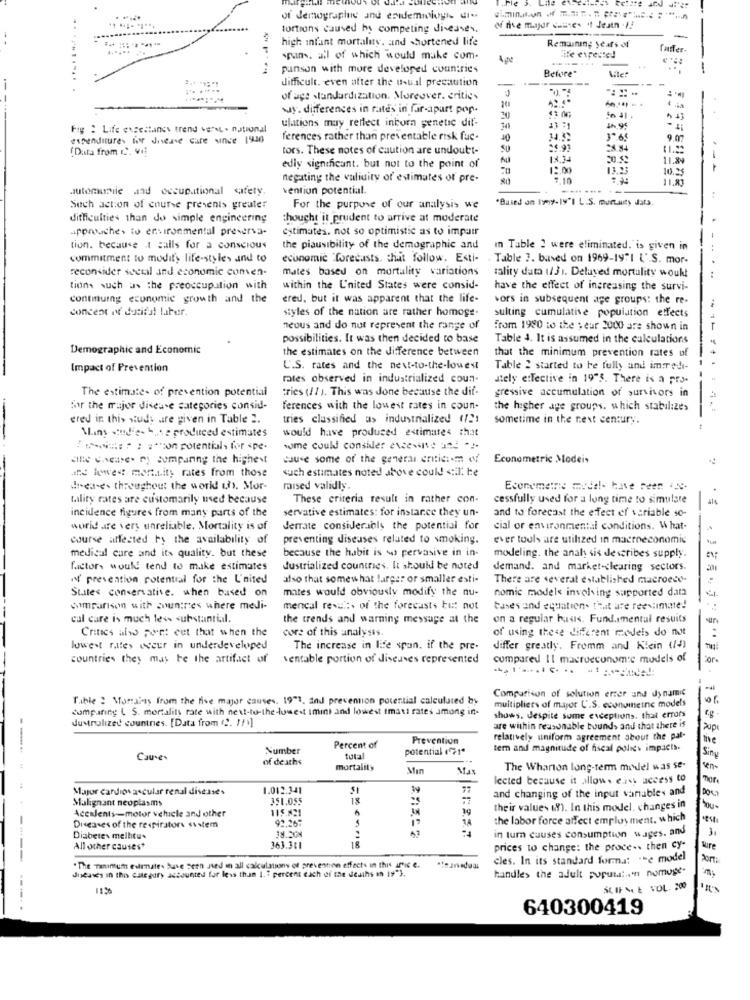
of demographie and epidemiiog ui"
tortions caused by competing diseases.
of me major dulce. 't Jeatn .!!
high infant mortality. and shortened life
Remaining years of
-
spans. all of which would make com-
A,pe
----...
punson with more developed countries
Before"
difficult, even after the usual precaution
-
...........
of age standardization. Moreover. critics
4 Ja
wy. differences in rates in far-apart pop-
ge
ulations may reflect inbora genetic dif-
20
Fag : Life etsettings trend wert . national
33 71
expenditures for disease care since 1936
ferences rather than preventable risk fuc.
10
9.07
(Data from CC. Vi!
tors. These notes of caution are undoubt-
:199
28.84
18.34
11.84
ediy significant. but not to the point of
12.00
13.23
10.35
negating the validity of estimates of pre-
7.10
automobile and occupational safety.
vention potential.
"Based on 19oy-19"I L.S. murtasty Jats.
Such action of course presents greater
For the purpose of our analysis we
difficulties than do simple engineering
thought it prudent to arrive at moderate
approaches to environmental preserva-
estimates. not so optimistic as to impatr
tion. because .I calls for a conscious
the piausibility of the demographic and
in Table 2 were eliminated. is given in
commitment to modify life-styles and to
economic "forecasts, that follow. Esti-
Table 3. based on 1969-1971 L' S. mor-
reconsider seetil and economic conven-
mates based on mortality variations
tality data 1/31. Delayed mortality woukt
tions such as the preoccupation with
within the L'nited States were consid-
have the effect of increasing the survi-
continuing economic growth and the
ered, but it was apparent that the life-
bors in subsequent age groups: the re-
concent of dutiful laber.
styles of the nation are rather homoge-
sulting cumulative population effects
neuus and do not represent the range of
from 1980 to the year 2000 are shown in
possibilities. It was then decided to base
Table 4. It is assumed in the calculations
Demographic and Economic
the estimates on the difference between
that the minimum prevention rates of
Impact of Prevention
U.S. rates and the next-to-the-louest
Table 2 started to be fully and imredi-
rates observed in industrialized coun-
stely effective in 19"3. There is a pro-
The estimate- of prevention potential
tries (11). This was done because the dif-
gressive accumulation of survivors in
for the major disease categories consid-
ferences with the lowest rates in coun-
the higher age groups, which stabilize>
-........
ered in this study are given in Table ".
tries classified as industrialized (121
sometime in the next century.
Vins studies 4.se produced estimates
would have produced estimates that
:====== = = =* son potential, for spe-
sme could consider evcevive and -
che Chease. fy companing the highest
cause some of the general criticism of
Econometric Modeis
the lowest mortality rates from those
such estimates noted above could will be
ilred-e- throughout the work! uhs, Mor-
raised validly.
Econometric model- have reen 4Je.
tality rates are customarily used because
These criteria result in rather con-
cessfully used for a long time to simulate
4
incidence figures from many parts of the
servative estimates: for instance they un-
and to forecast the efect ef variable so-
world are very unreliable. Mortality is of
derrate consider.iols the potential for
cial or environmental conditions. What-
course affected by the availability of
preventing diseases related to smoking.
ever touls are utilized in macroeconomic
because the habit is soo pervasive in in-
medical care and its quality. but these
modeling. the analy sis describes supply.
factor, would tend to make estimates
dustrialized countries. It should be noted
demand. and market-clearing sectors.
20
of prevention potential for the L'nited
also that somewhat larger or smaller esti-
There are several established macroeco-
States conservative. when based on
mates would obviously modify the nu-
nomic models involving supported data
Simparison with countries where medi-
mencal revu :, of the forecasts but not
bases and equation. that are reevimine!
cul care is much less substantial.
the trends and warning message at the
on a regular basis. Fundamental resuits
Critics also port eet that when the
core of this analysis.
of using these different models do mat
lowest rates weer in underdeveloped
The increase in life span. if the pre-
differ greatly. Fromm and Klein (14)
countries they may be the artifact of
ventable portion of diseases represented
compared Il macroeconomic models of
Table : Working from the five major causes. 19"1, and prevention potential calculated by
Comparison of solution erer and dynamic
comparing ( S. mortality rate with next-to-the-lowest imint and lowest tmats rates among in-
multipliers of major U.S. econoineine models
dustrolized countries. [Data from (2. !! ]
shows. despite some exceptions, that errors
are within reasonable tound, and that there is
Prevention
relatively uniform agreement about the pal-
the
---
Number
Percent of
potential ( ?! "
tern and magnitude of fiscal policy impacts.
Causes
of deaths
Sing
mortality
Mın
The Wharton long-term model was se-
en-
lected because it allows easy access to
Thor
Major cardiovascular renal disease.
1.012.341
Malignant neoplasms
351.055
18
and changing of the input variables and
Acealents -- motor vehicle and other
115.824
19
their values (!). In this model, changes in
You-
92,267
14
the labor force affect employment. which
Diseases of the respirators sistem
18.304
AT
Diabetes melhtu.
in turn causes consumption wages, and
All other causes
363.311
18
prices to change: the proce .. then cy-
sure
cles. In its standard forma: "-e model
"The Tanimum estimates Suve been used in all calculations of prevention effects in this afnie e.
diseases in this category accounted for less than 1.7 percent each of the deaths in 19"3.
handles the adult population nomuge.
SLIP Me E VOL. 200
640300419